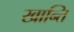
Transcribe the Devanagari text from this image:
खान्ति